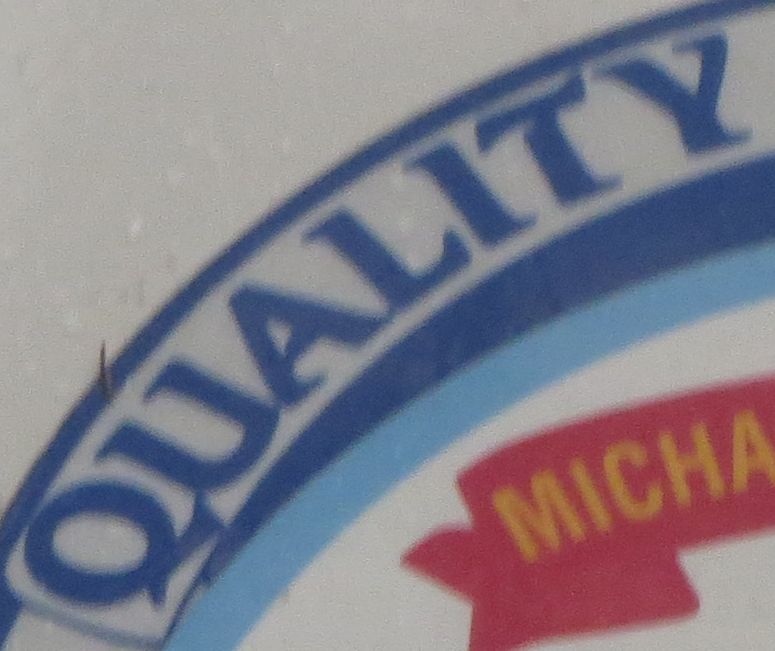
QUALITY